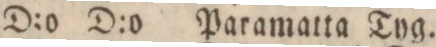
” ” D:o D:o Paramatta Tyg.